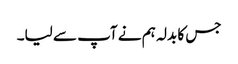
جس کا بدلہ ہم نے آپ سے لیا۔